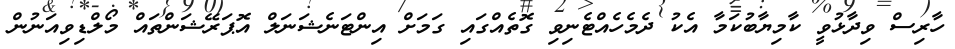
ހާރިސް ވިދާޅުވީ ކާމިޔާބުކަމާ އެކު ދެމެހެއްޓެނިވި ގޮތެއްގައި ގަމަށް އިންޓަނެޝަނަލް އޮޕަރޭޝަންތައް މޯލްޑިވިއަނުން